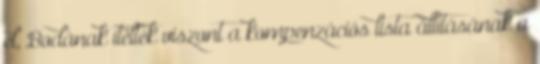
el, Bodának ítélték viszont a kompenzációs lista állításának a